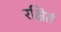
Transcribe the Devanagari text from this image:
रक्षितं